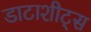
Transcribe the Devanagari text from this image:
डाटाशीट्स